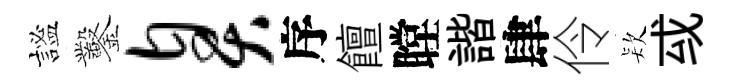
謐鑿臭序饘瞠諧肆伶𣣇㦯